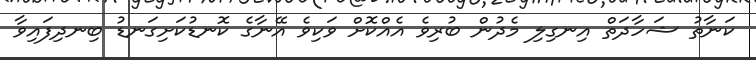
ކަނާތު ޝަހާދަތް އިނގިލި މެދުން ބުރިވެ އެއްކޮށް ވަކިވެ އޭނާގެ ކޮނޑުކަށިގަނޑު ބިނދިފައިވާ